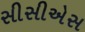
સીસીએસ